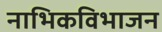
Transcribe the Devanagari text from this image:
नाभिकविभाजन